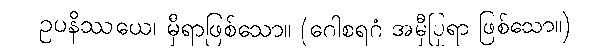
ဥပနိဿယေ၊ မှီရာဖြစ်သော။ (ဂေါစရဂံ အမှီပြုရာ ဖြစ်သော။)